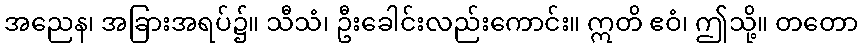
အညေန၊ အခြားအရပ်၌။ သီသံ၊ ဦးခေါင်းလည်းကောင်း။ ဣတိ ဧဝံ၊ ဤသို့။ တတော